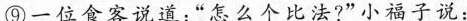
⑨一位食客说道：”怎么个比法?”小福子说：